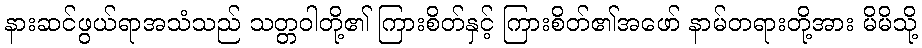
နားဆင်ဖွယ်ရာအသံသည် သတ္တဝါတို့၏ ကြားစိတ်နှင့် ကြားစိတ်၏အဖော် နာမ်တရားတို့အား မိမိသို့